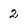
Character: 2